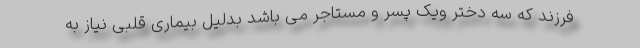
فرزند که سه دختر ویک پسر و مستاجر می باشد بدلیل بیماری قلبی نیاز به